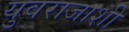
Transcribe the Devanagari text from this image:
युवराजाशी